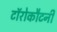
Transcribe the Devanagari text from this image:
टॉरोकौटनी